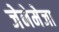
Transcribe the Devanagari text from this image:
जेनेमेजा